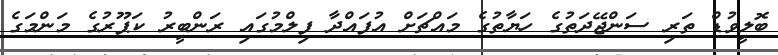
ބޮލީވުޑް ތަރި ސަންޖޭދަތުގެ ހަޔާތުގެ މައްޗަށް އުފައްދާ ފިލްމުގައި ރަންބީރު ކަޕޫރުގެ މަންމަގެ